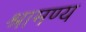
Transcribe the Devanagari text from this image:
श्रामण्य